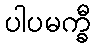
ပါပမက္ခီ